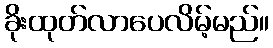
ခိုးထုတ်လာပေလိမ့်မည်။